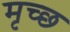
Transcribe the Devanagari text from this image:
मृच्छ